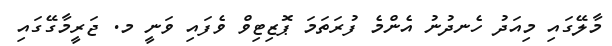
މާލޭގައި މިއަދު ހެނދުނު އެންމެ ފުރަތަމަ ޕޮޒިޓިވް ވެފައި ވަނީ މ. ޖަރީމާގޭގައި